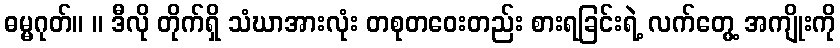
ဓမ္မဂုတ်။ ။ ဒီလို တိုက်ရှိ သံဃာအားလုံး တစုတဝေးတည်း စားရခြင်းရဲ့ လက်တွေ့ အကျိုးကို